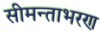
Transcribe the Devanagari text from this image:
सीमन्ताभरण